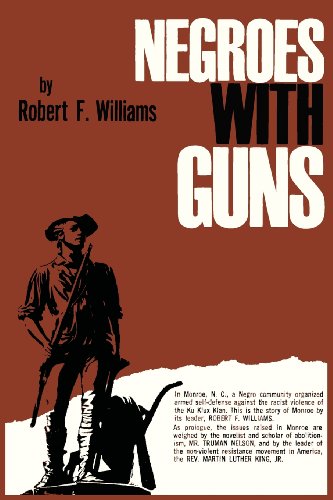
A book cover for Negroes with Guns; Robert F. Williams; Law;